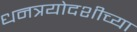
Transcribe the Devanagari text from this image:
धनत्रयोदशीच्या